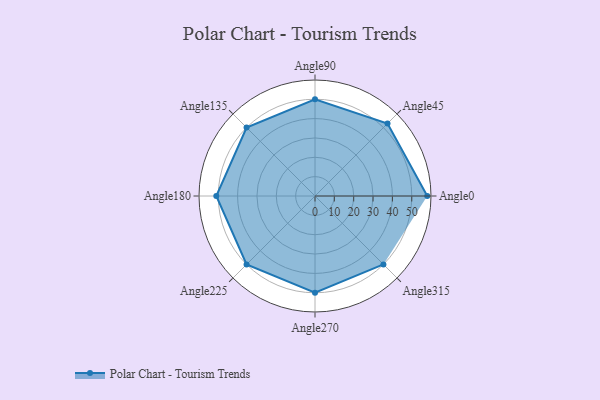
{"axis": {"x": "Angle", "y": "Radius"}, "legend": [""], "data": [{"x": "Angle0", "y": 58.0, "type": ""}, {"x": "Angle45", "y": 53.0, "type": ""}, {"x": "Angle90", "y": 50, "type": ""}, {"x": "Angle135", "y": 50, "type": ""}, {"x": "Angle180", "y": 51.0, "type": ""}, {"x": "Angle225", "y": 50, "type": ""}, {"x": "Angle270", "y": 50.0, "type": ""}, {"x": "Angle315", "y": 50.0, "type": ""}]}